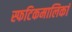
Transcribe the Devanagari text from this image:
स्फटिकमालिकां